Leaving Certificate Examination (including Day School Certificate (Higher) General paper), 1935
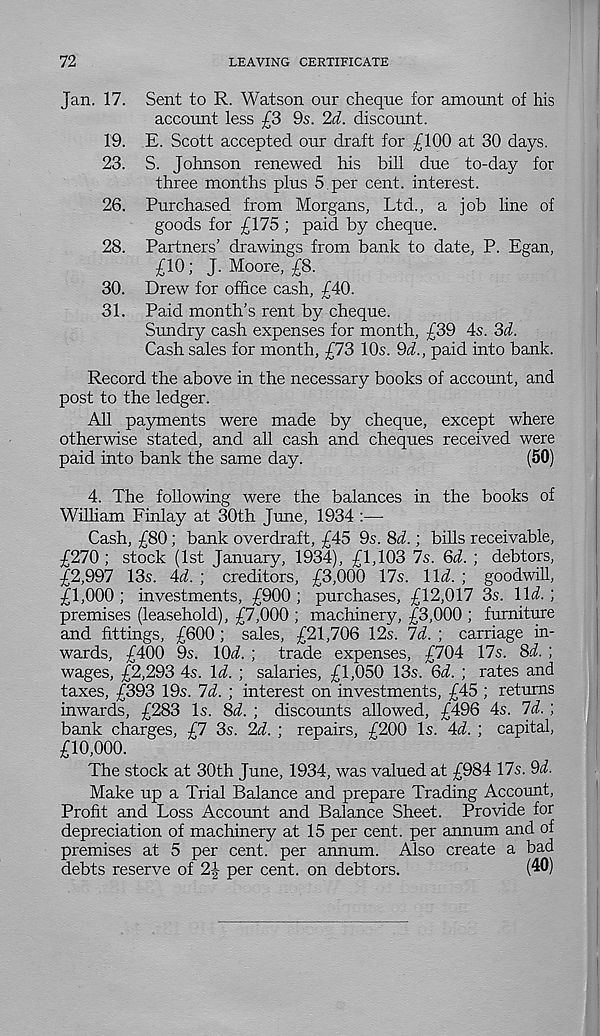
72
LEAVING CERTIFICATE
Jan. 17. Sent to R. Watson our cheque for amount of his
account less £3 9s. 2d. discount.
19. E. Scott accepted our draft for £100 at 30 days.
23. S. Johnson renewed his bill due to-day for
three months plus 5 per cent, interest.
26. Purchased from Morgans, Ltd., a job line of
goods for £175 ; paid by cheque.
28. Partners’ drawings from bank to date, P. Egan,
£10; J. Moore, £8.
30. Drew for office cash, £40.
31. Paid month’s rent by cheque.
Sundry cash expenses for month, £39 4s. 3d.
Cash sales for month, £73 10s. 9d., paid into bank.
Record the above in the necessary books of account, and
post to the ledger.
All payments were made by cheque, except where
otherwise stated, and all cash and cheques received were
paid into bank the same day.
(50)
4. The following were the balances in the books of
William Finlay at 30th June, 1934 :—
Cash, £80; bank overdraft, £45 9s. 3d.; bills receivable,
£270 ; stock (1st January, 1934), £1,103 7s. Qd. ; debtors,
£2,997 13s. Ad. ; creditors, £3,000 17s. \\d. ; goodwill,
£1,000 ; investments, £900 ; purchases, £12,017 3s. lid. ;
premises (leasehold), £7,000 ; machinery, £3,000 ; furniture
and fittings, £600; sales, £21,706 12s. Id. ; carriage in-
wards, £400 9s. IQd. ; trade expenses, £704 17s. 3d. ;
wages, £2,293 4s. Id. ; salaries, £1,050 13s. 3d. ; rates and
taxes, £393 19s. Id. ; interest on investments, £45 ; returns
inwards, £283 Is. 3d. ; discounts allowed, £496 4s. Id.;
bank charges, £7 3s. 2d. ; repairs, £200 Is. Ad. ; capital,
£10,000.
The stock at 30th June, 1934, was valued at £984 17s. 9d.
Make up a Trial Balance and prepare Trading Account,
Profit and Loss Account and Balance Sheet. Provide for
depreciation of machinery at 15 per cent, per annum and of
premises at 5 per cent, per annum. Also create a bad
debts reserve of 2\ per cent, on debtors.
(40)